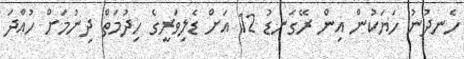
ހެނދުނު ހަޔަކުން އިން ރޭގަނޑު 12 އަށް ޑެލިވަރީގެ ހިދުމަތް ދިނުމަށް ހުއްދަ